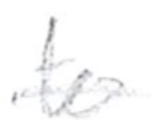
Text: to
Cross-out: mix
Writing tool: pencil